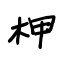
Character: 柙